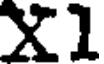
X1